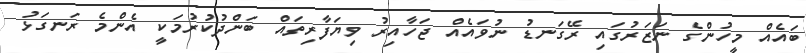
ބައެއް މީހުންގެ ނަޒަރުގައި ރޭގަނޑު ނުވައެއް ޖަހާއިރު ވިޔަފާރިތައް ބަންދުކުރުމަކީ އެންމެ ރަނގަޅު